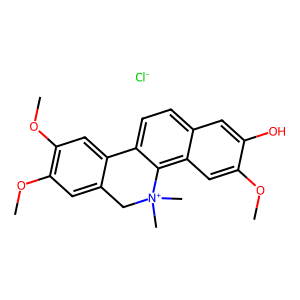
SMILES: COc1cc2c3c(ccc2cc1O)-c1cc(OC)c(OC)cc1C[N+]3(C)C.[Cl-]
Inhibits HIV replication: No